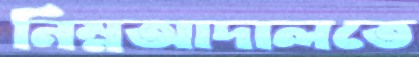
নিম্নআদালতে